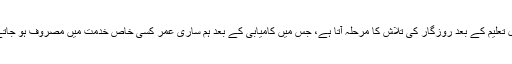
حصول تعلیم کے بعد روزگار کی تلاش کا مرحلہ آتا ہے، جس میں کامیابی کے بعد ہم ساری عمر کسی خاص خدمت میں مصروف ہو جاتے ہیں۔